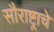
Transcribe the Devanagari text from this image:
सौराष्ट्राचे